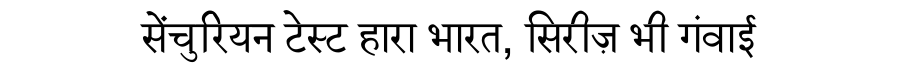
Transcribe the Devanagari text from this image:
सेंचुरियन टेस्ट हारा भारत, सिरीज़ भी गंवाई